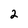
Character: 2